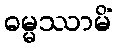
ဓမ္မဿာမိံ